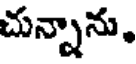
చున్నాను,